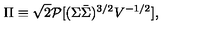
\Pi \equiv \sqrt { 2 } { \cal P } [ ( \Sigma \bar { \Sigma } ) ^ { 3 / 2 } V ^ { - 1 / 2 } ] ,